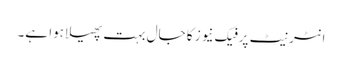
انٹرنیٹ پر فیک نیوز کا جال بہت پھیلا ہوا ہے۔